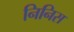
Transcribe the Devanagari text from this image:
निनिस